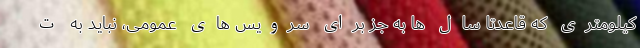
کیلومتری که قاعدتاً سال ها به جز برای سرویس های عمومی، نباید به ت